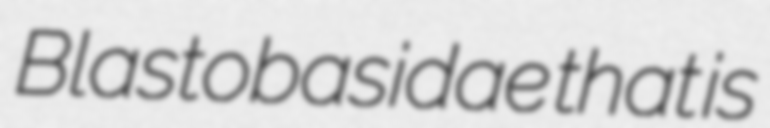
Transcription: Blastobasidae that is